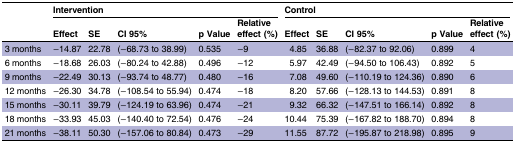
<table><thead><tr><td></td><td colspan="5"><b>Intervention</b></td><td colspan="5"><b>Control</b></td></tr><tr><td></td><td><b>Effect</b></td><td><b>SE</b></td><td><b>CI 95%</b></td><td><b>p Value</b></td><td><b>Relative effect (%)</b></td><td><b>Effect</b></td><td><b>SE</b></td><td><b>CI 95%</b></td><td><b>p Value</b></td><td><b>Relative effect (%)</b></td></tr></thead><tbody><tr><td>3 months</td><td>−14.87</td><td>22.78</td><td>(−68.73 to 38.99)</td><td>0.535</td><td>−9</td><td>4.85</td><td>36.88</td><td>(−82.37 to 92.06)</td><td>0.899</td><td>4</td></tr><tr><td>6 months</td><td>−18.68</td><td>26.03</td><td>(−80.24 to 42.88)</td><td>0.496</td><td>−12</td><td>5.97</td><td>42.49</td><td>(−94.50 to 106.43)</td><td>0.892</td><td>5</td></tr><tr><td>9 months</td><td>−22.49</td><td>30.13</td><td>(−93.74 to 48.77)</td><td>0.480</td><td>−16</td><td>7.08</td><td>49.60</td><td>(−110.19 to 124.36)</td><td>0.890</td><td>6</td></tr><tr><td>12 months</td><td>−26.30</td><td>34.78</td><td>(−108.54 to 55.94)</td><td>0.474</td><td>−18</td><td>8.20</td><td>57.66</td><td>(−128.13 to 144.53)</td><td>0.891</td><td>8</td></tr><tr><td>15 months</td><td>−30.11</td><td>39.79</td><td>(−124.19 to 63.96)</td><td>0.474</td><td>−21</td><td>9.32</td><td>66.32</td><td>(−147.51 to 166.14)</td><td>0.892</td><td>8</td></tr><tr><td>18 months</td><td>−33.93</td><td>45.03</td><td>(−140.40 to 72.54)</td><td>0.476</td><td>−24</td><td>10.44</td><td>75.39</td><td>(−167.82 to 188.70)</td><td>0.894</td><td>8</td></tr><tr><td>21 months</td><td>−38.11</td><td>50.30</td><td>(−157.06 to 80.84)</td><td>0.473</td><td>−29</td><td>11.55</td><td>87.72</td><td>(−195.87 to 218.98)</td><td>0.895</td><td>9</td></tr></tbody></table>